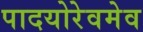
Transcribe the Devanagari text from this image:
पादयोरेवमेव